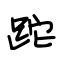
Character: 跎